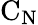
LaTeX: \mathrm{C}_{\mathrm{N}}